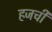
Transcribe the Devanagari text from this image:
हजची